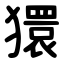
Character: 獧